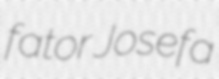
fator Josefa